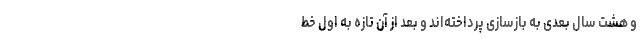
و هشت سال بعدی به بازسازی پرداخته‌اند و بعد از آن تازه به اول خط